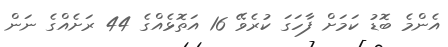
އެންމެ ބޮޑު ކަމަށް ފާހަގަ ކުރެވޭ 16 އަތޮޅެއްގެ 44 ރަށެއްގެ ނަން